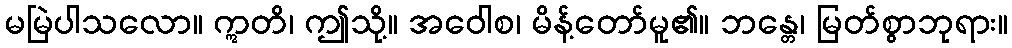
မမြဲပါသလော။ ဣတိ၊ ဤသို့။ အဝေါစ၊ မိန့်တော်မူ၏။ ဘန္တေ၊ မြတ်စွာဘုရား။